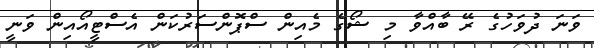
ވަނަ ދުވަހުގެ ރޭ ބާއްވާ މި ޝޯގެ މެއިން ސްޕޮންސަރުކަން އެސްޓީއޯއިން ވަނީ